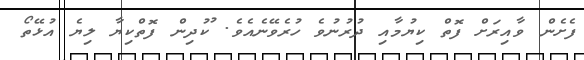
ފެށެން ވާއިރަށް ފޮތް ކިޔުމާއި ދުރުނުވެ ހުރެވޭނެއެވެ. ުކުދިން ފޮތްކިޔާ ލިޔެ އުޅޭތޯ